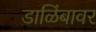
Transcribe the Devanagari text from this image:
डाळिंबावर